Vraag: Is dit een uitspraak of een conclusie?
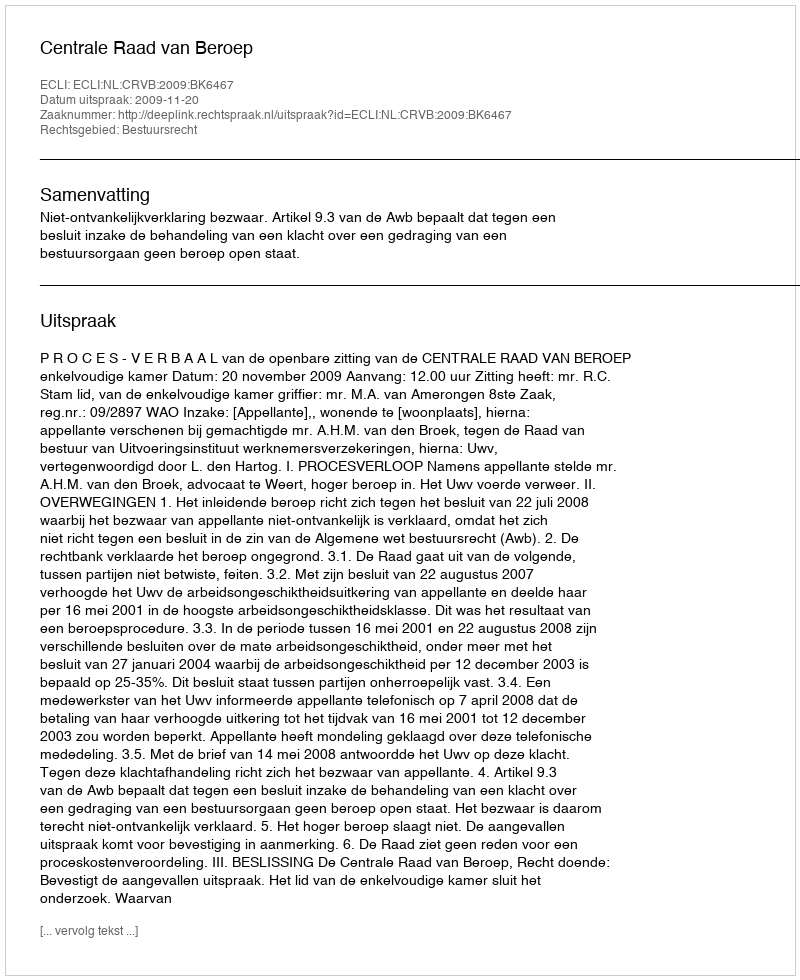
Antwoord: Uitspraak